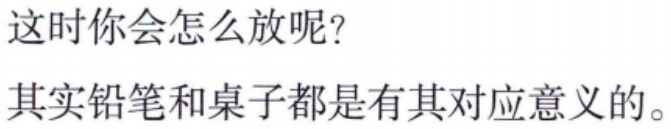
这时你会怎么放呢？

其实铅笔和桌子都是有其对应意义的。